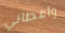
وأعطاني